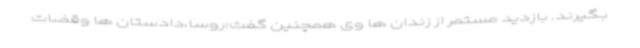
بگیرند. بازدید مستمر از زندان ها وی همچنین گفت:روسا،دادستان ها وقضات